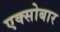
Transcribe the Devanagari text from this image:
एक्सोबार